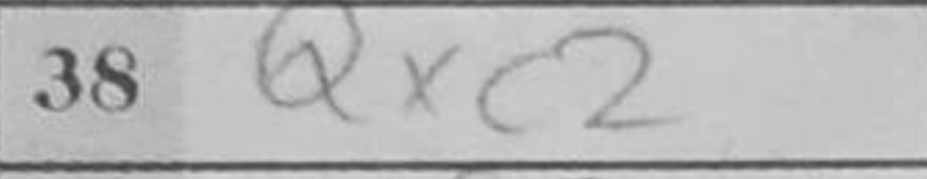
Transcription: Qxc2